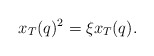
\begin{align*}x_T(q)^2 = \xi x_T(q).\end{align*}